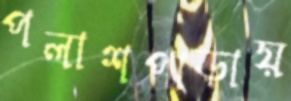
পলাশপাড়ায়